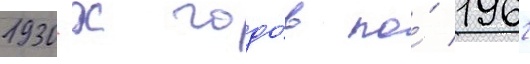
1930-х годо́в по́ 1962